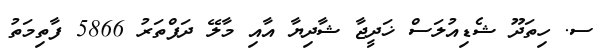
ސ. ހިތަދޫ ޝެޑިއުލަސް ޚަދީޖާ ޝާދިޔާ އާއި މާލޭ ދަފްތަރު 5866 ފާތިމަތު